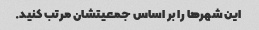
این شهرها را بر اساس جمعیتشان مرتب کنید.